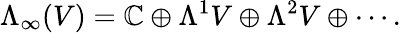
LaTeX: \Lambda_{\infty}(V)=\mathbb{C}\oplus\Lambda^{1}V\oplus\Lambda^{2}V\oplus\cdots.